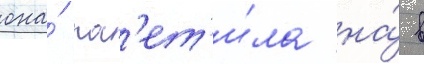
она́ пос'ет'и́ла на́ в